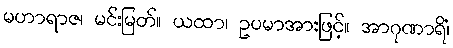
မဟာရာဇ၊ မင်းမြတ်။ ယထာ၊ ဥပမာအားဖြင့်။ အာဂုဏာရိံ၊